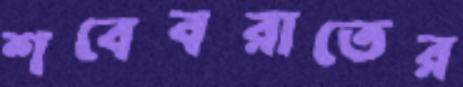
শবেবরাতের